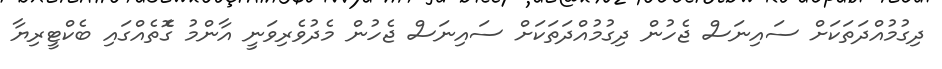
ދިގުމުއްދަތަކަށް ސައިނަސް ޖެހުން ދިގުމުއްދަތަކަށް ސައިނަސް ޖެހުން މެދުވެރިވަނީ އާންމު ގޮެތެއްގައި ބެކްޓީރިޔާ